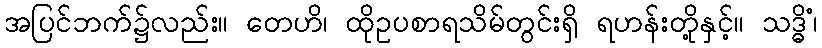
အပြင်ဘက်၌လည်း။ တေဟိ၊ ထိုဥပစာရသိမ်တွင်းရှိ ရဟန်းတို့နှင့်။ သဒ္ဓိံ၊